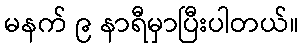
မနက် ၉ နာရီမှာပြီးပါတယ်။